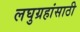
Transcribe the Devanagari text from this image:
लघुग्रहांसाठी